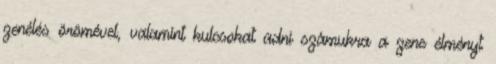
zenélés örömével, valamint kulcsokat adni számukra a zene élményt